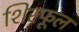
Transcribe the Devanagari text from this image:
शिरफूल